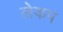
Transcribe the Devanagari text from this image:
लेकप